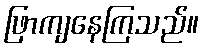
ဖြာကျနေကြသည်။